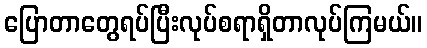
ပြောတာတွေရပ်ပြီးလုပ်စရာရှိတာလုပ်ကြမယ်။